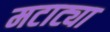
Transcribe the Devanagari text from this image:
मटाट्या